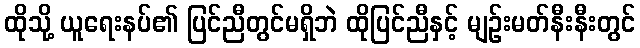
ထိုသို့ ယူရေးနပ်၏ ပြင်ညီတွင်မရှိဘဲ ထိုပြင်ညီနှင့် မျဉ်းမတ်နီးနီးတွင်